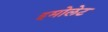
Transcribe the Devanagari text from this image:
इमोलेट